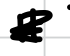
Text: it
Cross-out: scratch
Writing tool: digital_black